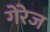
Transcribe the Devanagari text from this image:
गेरेज